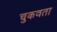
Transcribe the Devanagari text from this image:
चुकवता